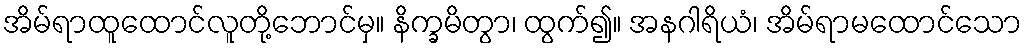
အိမ်ရာထူထောင်လူတို့ဘောင်မှ။ နိက္ခမိတွာ၊ ထွက်၍။ အနဂါရိယံ၊ အိမ်ရာမထောင်သော